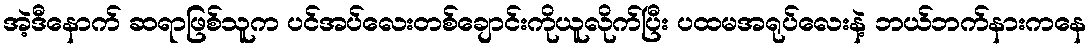
အဲ့ဒီနောက် ဆရာဖြစ်သူက ပင်အပ်လေးတစ်ချောင်းကိုယူလိုက်ပြီး ပထမအရုပ်လေးနဲ့ ဘယ်ဘက်နားကနေ